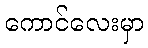
ကောင်လေးမှာ